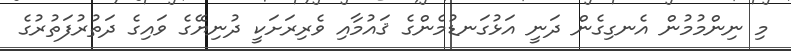
މި ނިންމުމުން އެނގިގެން ދަނީ އަޅުގަނޑުމެންގެ ޤައުމާއި ވެރިރަށަކީ ދުނިޔޭގެ ވައިގެ ދަތުރުފަތުރުގެ